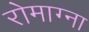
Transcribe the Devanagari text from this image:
रोमाग्ना